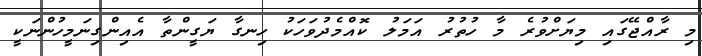
މި ރާއްޖޭގައި މިޔަށްވުރެ މާ ހުތުރު އަމަލު ކޮއްމެދުވަހަކު ހިނގާ ޔަގީންތާ އެއިންގިނަމީހުންނަކީ